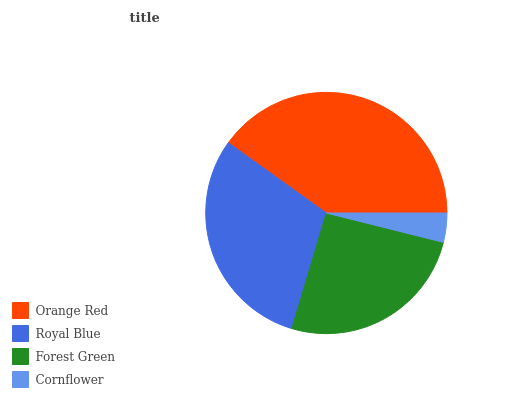
| Orange Red | Royal Blue | Forest Green | Cornflower |
 | --- | --- | --- | --- |
 | 40.1% | 30.2% | 25.8% | 3.9% |